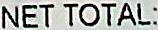
NET TOTAL: